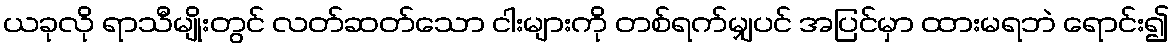
ယခုလို ရာသီမျိုးတွင် လတ်ဆတ်သော ငါးများကို တစ်ရက်မျှပင် အပြင်မှာ ထားမရဘဲ ရောင်း၍